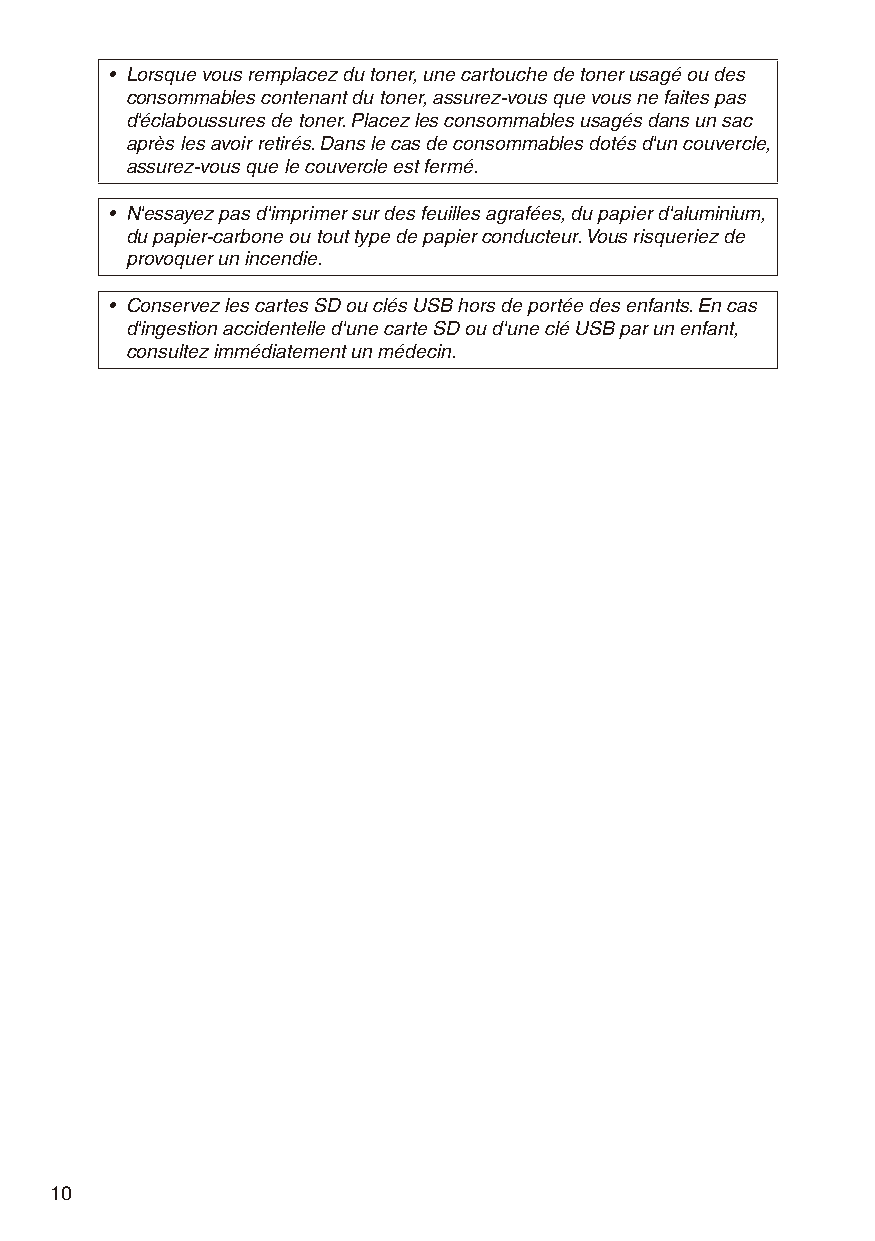
• Lorsque vous remplacez du toner, une cartouche de toner usagé ou des
 consommables contenant du toner, assurez-vous que vous ne faites pas
 d'éclaboussures de toner. Placez les consommables usagés dans un sac
 après les avoir retirés. Dans le cas de consommables dotés d'un couvercle,
 assurez-vous que le couvercle est fermé.
 • N'essayez pas d'imprimer sur des feuilles agrafées, du papier d'aluminium,
 du papier-carbone ou tout type de papier conducteur. Vous risqueriez de
 provoquer un incendie.
 • Conservez les cartes SD ou clés USB hors de portée des enfants. En cas
 d'ingestion accidentelle d'une carte SD ou d'une clé USB par un enfant,
 consultez immédiatement un médecin.
 10